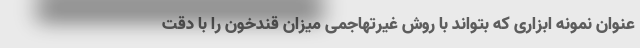
عنوان نمونه ابزاری که بتواند با روش غیرتهاجمی میزان قندخون را با دقت